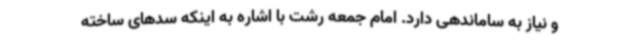
و نیاز به ساماندهی دارد. امام جمعه رشت با اشاره به اینکه سدهای ساخته